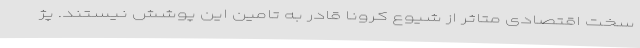
سخت اقتصادی متاثر از شیوع کرونا قادر به تامین این پوشش نیستند. پژ